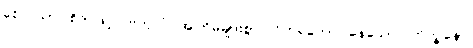
စေတသာ၊ စိတ်ဖြင့်။ ဗဟုလံ၊ အကြိမ်များစွာ။ ဝိဟရတော၊ နေသော။ ဘိက္ခုနော၊